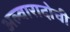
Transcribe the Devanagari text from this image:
अल्वारादोची